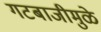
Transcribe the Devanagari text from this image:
गटबाजीमुळे